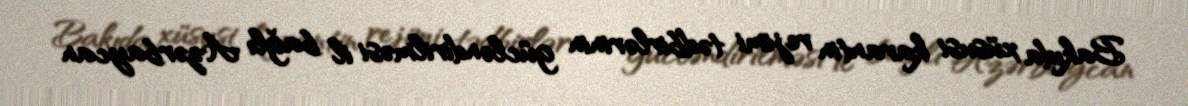
Bakıda xüsusi karantin rejimi tədbirlərinin gücləndirilməsi il bağlı Azərbaycan